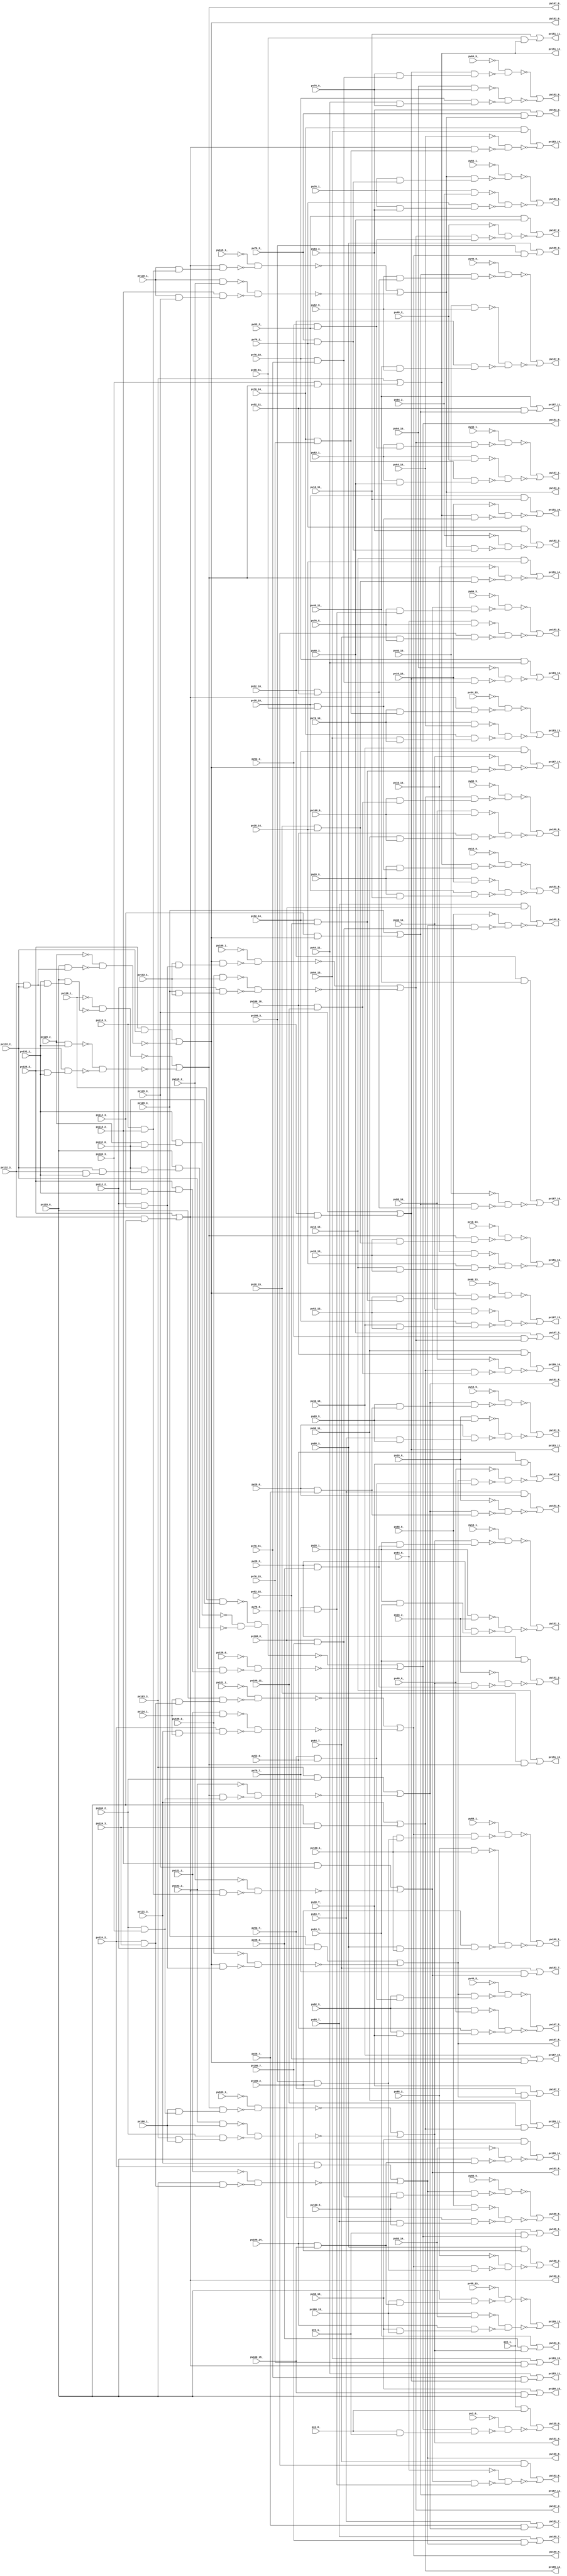
module top ( 
    pv16_9_, pv40_15_, pv88_6_, pv28_10_, pv88_7_, pv109_1_, pv118_3_,
    pv2_0_, pv40_13_, pv52_10_, pv109_2_, pv128_3_, pv2_1_, pv40_14_,
    pv52_11_, pv88_9_, pv109_3_, pv16_5_, pv40_11_, pv76_3_, pv88_2_,
    pv88_15_, pv100_14_, pv128_1_, pv16_13_, pv52_13_, pv76_2_, pv88_3_,
    pv100_13_, pv128_2_, pv16_7_, pv16_14_, pv52_14_, pv76_1_, pv88_13_,
    pv118_2_, pv16_6_, pv16_15_, pv40_10_, pv52_15_, pv88_5_, pv88_14_,
    pv100_15_, pv118_1_, pv128_0_, pv4_0_, pv52_9_, pv88_11_, pv100_3_,
    pv100_10_, pv121_2_, pv132_0_, pv4_1_, pv28_9_, pv64_1_, pv121_3_,
    pv16_10_, pv28_6_, pv100_5_, pv16_11_, pv28_7_, pv88_10_, pv100_6_,
    pv100_11_, pv121_1_, pv76_14_, pv28_5_, pv64_5_, pv76_15_, pv28_2_,
    pv64_2_, pv100_1_, pv28_3_, pv64_3_, pv100_2_, pv52_1_, pv76_10_,
    pv103_2_, pv124_1_, pv28_1_, pv64_9_, pv76_11_, pv103_3_, pv124_2_,
    pv52_3_, pv64_6_, pv64_15_, pv52_2_, pv64_7_, pv76_13_, pv52_5_,
    pv100_7_, pv112_2_, pv112_1_, pv132_3_, pv133_0_, pv52_7_, pv100_9_,
    pv132_2_, pv40_1_, pv52_6_, pv103_1_, pv112_3_, pv132_1_, pv16_1_,
    pv40_2_, pv76_7_, pv106_1_, pv40_3_, pv64_10_, pv76_6_, pv106_2_,
    pv16_3_, pv28_15_, pv76_5_, pv106_3_, pv16_2_, pv40_5_, pv88_1_,
    pv28_13_, pv40_6_, pv64_13_, pv115_1_, pv28_14_, pv40_7_, pv64_14_,
    pv28_11_, pv64_11_, pv76_9_, pv115_3_, pv124_3_, pv40_9_, pv115_2_,
    pv167_11_, pv199_9_, pv167_12_, pv199_8_, pv167_13_, pv167_14_,
    pv151_1_, pv199_5_, pv151_0_, pv183_10_, pv199_4_, pv151_3_, pv183_11_,
    pv199_7_, pv151_2_, pv167_10_, pv183_12_, pv199_6_, pv167_4_, pv199_1_,
    pv167_5_, pv199_0_, pv167_2_, pv199_3_, pv167_3_, pv199_2_, pv167_8_,
    pv199_14_, pv167_9_, pv199_15_, pv167_6_, pv199_12_, pv167_7_,
    pv199_13_, pv199_10_, pv199_11_, pv167_0_, pv183_6_, pv167_1_,
    pv183_7_, pv183_8_, pv183_9_, pv151_5_, pv151_14_, pv183_2_, pv183_13_,
    pv151_4_, pv151_15_, pv183_3_, pv183_14_, pv151_7_, pv151_12_,
    pv183_4_, pv183_15_, pv151_6_, pv151_13_, pv183_5_, pv151_9_,
    pv151_10_, pv167_15_, pv151_8_, pv151_11_, pv135_1_, pv183_0_,
    pv135_0_, pv183_1_  );
  input  pv16_9_, pv40_15_, pv88_6_, pv28_10_, pv88_7_, pv109_1_,
    pv118_3_, pv2_0_, pv40_13_, pv52_10_, pv109_2_, pv128_3_, pv2_1_,
    pv40_14_, pv52_11_, pv88_9_, pv109_3_, pv16_5_, pv40_11_, pv76_3_,
    pv88_2_, pv88_15_, pv100_14_, pv128_1_, pv16_13_, pv52_13_, pv76_2_,
    pv88_3_, pv100_13_, pv128_2_, pv16_7_, pv16_14_, pv52_14_, pv76_1_,
    pv88_13_, pv118_2_, pv16_6_, pv16_15_, pv40_10_, pv52_15_, pv88_5_,
    pv88_14_, pv100_15_, pv118_1_, pv128_0_, pv4_0_, pv52_9_, pv88_11_,
    pv100_3_, pv100_10_, pv121_2_, pv132_0_, pv4_1_, pv28_9_, pv64_1_,
    pv121_3_, pv16_10_, pv28_6_, pv100_5_, pv16_11_, pv28_7_, pv88_10_,
    pv100_6_, pv100_11_, pv121_1_, pv76_14_, pv28_5_, pv64_5_, pv76_15_,
    pv28_2_, pv64_2_, pv100_1_, pv28_3_, pv64_3_, pv100_2_, pv52_1_,
    pv76_10_, pv103_2_, pv124_1_, pv28_1_, pv64_9_, pv76_11_, pv103_3_,
    pv124_2_, pv52_3_, pv64_6_, pv64_15_, pv52_2_, pv64_7_, pv76_13_,
    pv52_5_, pv100_7_, pv112_2_, pv112_1_, pv132_3_, pv133_0_, pv52_7_,
    pv100_9_, pv132_2_, pv40_1_, pv52_6_, pv103_1_, pv112_3_, pv132_1_,
    pv16_1_, pv40_2_, pv76_7_, pv106_1_, pv40_3_, pv64_10_, pv76_6_,
    pv106_2_, pv16_3_, pv28_15_, pv76_5_, pv106_3_, pv16_2_, pv40_5_,
    pv88_1_, pv28_13_, pv40_6_, pv64_13_, pv115_1_, pv28_14_, pv40_7_,
    pv64_14_, pv28_11_, pv64_11_, pv76_9_, pv115_3_, pv124_3_, pv40_9_,
    pv115_2_;
  output pv167_11_, pv199_9_, pv167_12_, pv199_8_, pv167_13_, pv167_14_,
    pv151_1_, pv199_5_, pv151_0_, pv183_10_, pv199_4_, pv151_3_, pv183_11_,
    pv199_7_, pv151_2_, pv167_10_, pv183_12_, pv199_6_, pv167_4_, pv199_1_,
    pv167_5_, pv199_0_, pv167_2_, pv199_3_, pv167_3_, pv199_2_, pv167_8_,
    pv199_14_, pv167_9_, pv199_15_, pv167_6_, pv199_12_, pv167_7_,
    pv199_13_, pv199_10_, pv199_11_, pv167_0_, pv183_6_, pv167_1_,
    pv183_7_, pv183_8_, pv183_9_, pv151_5_, pv151_14_, pv183_2_, pv183_13_,
    pv151_4_, pv151_15_, pv183_3_, pv183_14_, pv151_7_, pv151_12_,
    pv183_4_, pv183_15_, pv151_6_, pv151_13_, pv183_5_, pv151_9_,
    pv151_10_, pv167_15_, pv151_8_, pv151_11_, pv135_1_, pv183_0_,
    pv135_0_, pv183_1_;
  wire new_n200_, new_n201_, new_n202_, new_n203_, new_n205_, new_n207_,
    new_n209_, new_n211_, new_n212_, new_n213_, new_n214_, new_n215_,
    new_n216_, new_n217_, new_n218_, new_n220_, new_n221_, new_n222_,
    new_n223_, new_n225_, new_n226_, new_n227_, new_n228_, new_n229_,
    new_n230_, new_n231_, new_n232_, new_n234_, new_n235_, new_n236_,
    new_n238_, new_n239_, new_n240_, new_n241_, new_n242_, new_n243_,
    new_n244_, new_n246_, new_n247_, new_n248_, new_n249_, new_n250_,
    new_n251_, new_n252_, new_n253_, new_n255_, new_n256_, new_n257_,
    new_n258_, new_n259_, new_n260_, new_n261_, new_n262_, new_n264_,
    new_n265_, new_n266_, new_n267_, new_n268_, new_n269_, new_n270_,
    new_n271_, new_n273_, new_n274_, new_n275_, new_n276_, new_n277_,
    new_n278_, new_n279_, new_n280_, new_n281_, new_n282_, new_n283_,
    new_n284_, new_n285_, new_n287_, new_n289_, new_n291_, new_n292_,
    new_n293_, new_n294_, new_n296_, new_n297_, new_n298_, new_n299_,
    new_n300_, new_n301_, new_n302_, new_n304_, new_n306_, new_n308_,
    new_n310_, new_n311_, new_n312_, new_n314_, new_n315_, new_n316_,
    new_n317_, new_n319_, new_n320_, new_n321_, new_n323_, new_n324_,
    new_n325_, new_n326_, new_n327_, new_n328_, new_n329_, new_n330_,
    new_n332_, new_n333_, new_n334_, new_n335_, new_n336_, new_n337_,
    new_n338_, new_n339_, new_n341_, new_n342_, new_n343_, new_n345_,
    new_n346_, new_n347_, new_n348_, new_n349_, new_n350_, new_n351_,
    new_n352_, new_n354_, new_n355_, new_n356_, new_n357_, new_n359_,
    new_n361_, new_n363_, new_n364_, new_n365_, new_n367_, new_n368_,
    new_n369_, new_n370_, new_n372_, new_n373_, new_n374_, new_n375_,
    new_n376_, new_n377_, new_n378_, new_n380_, new_n382_, new_n383_,
    new_n384_, new_n386_, new_n388_, new_n389_, new_n390_, new_n391_,
    new_n392_, new_n393_, new_n394_, new_n396_, new_n397_, new_n398_,
    new_n400_, new_n402_, new_n403_, new_n404_, new_n405_, new_n407_,
    new_n408_, new_n409_, new_n410_, new_n412_, new_n413_, new_n414_,
    new_n415_, new_n416_, new_n417_, new_n418_, new_n420_, new_n422_,
    new_n423_, new_n424_, new_n425_, new_n426_, new_n427_, new_n428_,
    new_n430_, new_n431_, new_n432_, new_n434_, new_n435_, new_n436_,
    new_n437_, new_n438_, new_n439_, new_n440_, new_n441_, new_n443_,
    new_n444_, new_n445_, new_n446_, new_n448_, new_n449_, new_n450_,
    new_n451_, new_n452_, new_n453_, new_n454_, new_n456_, new_n457_,
    new_n458_, new_n459_, new_n461_, new_n462_, new_n463_, new_n464_,
    new_n465_, new_n466_, new_n467_, new_n468_, new_n470_, new_n472_,
    new_n474_, new_n475_, new_n476_, new_n478_, new_n480_, new_n482_,
    new_n484_, new_n485_, new_n486_, new_n488_, new_n489_, new_n490_,
    new_n491_, new_n492_, new_n493_, new_n494_, new_n496_, new_n497_,
    new_n498_, new_n499_, new_n500_, new_n501_, new_n502_, new_n504_,
    new_n505_, new_n506_, new_n507_, new_n508_, new_n509_, new_n510_,
    new_n511_, new_n513_, new_n514_, new_n515_, new_n517_, new_n519_,
    new_n521_, new_n523_, new_n524_, new_n525_, new_n526_, new_n528_,
    new_n529_, new_n530_, new_n531_, new_n532_, new_n533_, new_n534_;
  assign new_n200_ = pv132_3_ & pv132_2_;
  assign new_n201_ = pv133_0_ & new_n200_;
  assign new_n202_ = pv128_3_ & pv132_2_;
  assign new_n203_ = ~pv128_2_ & ~new_n201_;
  assign pv183_0_ = new_n202_ | ~new_n203_;
  assign new_n205_ = pv112_3_ & pv183_0_;
  assign pv167_12_ = pv109_3_ | new_n205_;
  assign new_n207_ = pv52_11_ & pv167_12_;
  assign pv167_11_ = pv40_11_ | new_n207_;
  assign new_n209_ = pv133_0_ & pv124_3_;
  assign pv199_12_ = pv121_3_ | new_n209_;
  assign new_n211_ = pv100_10_ & pv100_11_;
  assign new_n212_ = pv100_9_ & new_n211_;
  assign new_n213_ = pv199_12_ & new_n212_;
  assign new_n214_ = pv88_10_ & pv100_9_;
  assign new_n215_ = pv88_11_ & pv100_9_;
  assign new_n216_ = pv100_10_ & new_n215_;
  assign new_n217_ = ~pv88_9_ & ~new_n213_;
  assign new_n218_ = ~new_n214_ & ~new_n216_;
  assign pv199_9_ = ~new_n217_ | ~new_n218_;
  assign new_n220_ = pv124_2_ & pv124_3_;
  assign new_n221_ = pv133_0_ & new_n220_;
  assign new_n222_ = pv121_3_ & pv124_2_;
  assign new_n223_ = ~pv121_2_ & ~new_n221_;
  assign pv199_8_ = new_n222_ | ~new_n223_;
  assign new_n225_ = pv52_14_ & pv52_15_;
  assign new_n226_ = pv52_13_ & new_n225_;
  assign new_n227_ = pv183_0_ & new_n226_;
  assign new_n228_ = pv40_14_ & pv52_13_;
  assign new_n229_ = pv40_15_ & pv52_13_;
  assign new_n230_ = pv52_14_ & new_n229_;
  assign new_n231_ = ~pv40_13_ & ~new_n227_;
  assign new_n232_ = ~new_n228_ & ~new_n230_;
  assign pv167_13_ = ~new_n231_ | ~new_n232_;
  assign new_n234_ = pv183_0_ & new_n225_;
  assign new_n235_ = pv40_15_ & pv52_14_;
  assign new_n236_ = ~pv40_14_ & ~new_n234_;
  assign pv167_14_ = new_n235_ | ~new_n236_;
  assign new_n238_ = pv132_1_ & new_n200_;
  assign new_n239_ = pv133_0_ & new_n238_;
  assign new_n240_ = pv128_2_ & pv132_1_;
  assign new_n241_ = pv128_3_ & pv132_1_;
  assign new_n242_ = pv132_2_ & new_n241_;
  assign new_n243_ = ~pv128_1_ & ~new_n239_;
  assign new_n244_ = ~new_n240_ & ~new_n242_;
  assign pv167_0_ = ~new_n243_ | ~new_n244_;
  assign new_n246_ = pv106_2_ & pv106_3_;
  assign new_n247_ = pv106_1_ & new_n246_;
  assign new_n248_ = pv167_0_ & new_n247_;
  assign new_n249_ = pv103_2_ & pv106_1_;
  assign new_n250_ = pv103_3_ & pv106_1_;
  assign new_n251_ = pv106_2_ & new_n250_;
  assign new_n252_ = ~pv103_1_ & ~new_n248_;
  assign new_n253_ = ~new_n249_ & ~new_n251_;
  assign pv151_4_ = ~new_n252_ | ~new_n253_;
  assign new_n255_ = pv28_2_ & pv28_3_;
  assign new_n256_ = pv28_1_ & new_n255_;
  assign new_n257_ = pv151_4_ & new_n256_;
  assign new_n258_ = pv28_1_ & pv16_2_;
  assign new_n259_ = pv28_1_ & pv16_3_;
  assign new_n260_ = pv28_2_ & new_n259_;
  assign new_n261_ = ~pv16_1_ & ~new_n257_;
  assign new_n262_ = ~new_n258_ & ~new_n260_;
  assign pv151_1_ = ~new_n261_ | ~new_n262_;
  assign new_n264_ = pv100_6_ & pv100_7_;
  assign new_n265_ = pv100_5_ & new_n264_;
  assign new_n266_ = pv199_8_ & new_n265_;
  assign new_n267_ = pv88_6_ & pv100_5_;
  assign new_n268_ = pv88_7_ & pv100_5_;
  assign new_n269_ = pv100_6_ & new_n268_;
  assign new_n270_ = ~pv88_5_ & ~new_n266_;
  assign new_n271_ = ~new_n267_ & ~new_n269_;
  assign pv199_5_ = ~new_n270_ | ~new_n271_;
  assign new_n273_ = pv128_2_ & pv132_0_;
  assign new_n274_ = pv132_1_ & new_n273_;
  assign new_n275_ = pv132_3_ & pv132_1_;
  assign new_n276_ = pv132_2_ & new_n275_;
  assign new_n277_ = pv132_0_ & new_n276_;
  assign new_n278_ = pv133_0_ & new_n277_;
  assign new_n279_ = pv128_1_ & pv132_0_;
  assign new_n280_ = pv132_0_ & pv132_1_;
  assign new_n281_ = pv128_3_ & new_n280_;
  assign new_n282_ = pv132_2_ & new_n281_;
  assign new_n283_ = ~new_n274_ & ~new_n278_;
  assign new_n284_ = ~new_n279_ & new_n283_;
  assign new_n285_ = ~pv128_0_ & ~new_n282_;
  assign pv151_0_ = ~new_n284_ | ~new_n285_;
  assign new_n287_ = pv132_3_ & pv133_0_;
  assign pv199_0_ = pv128_3_ | new_n287_;
  assign new_n289_ = pv118_3_ & pv199_0_;
  assign pv183_12_ = pv115_3_ | new_n289_;
  assign new_n291_ = pv76_10_ & pv76_11_;
  assign new_n292_ = pv183_12_ & new_n291_;
  assign new_n293_ = pv76_10_ & pv64_11_;
  assign new_n294_ = ~pv64_10_ & ~new_n292_;
  assign pv183_10_ = new_n293_ | ~new_n294_;
  assign new_n296_ = pv124_1_ & new_n220_;
  assign new_n297_ = pv133_0_ & new_n296_;
  assign new_n298_ = pv121_2_ & pv124_1_;
  assign new_n299_ = pv121_3_ & pv124_1_;
  assign new_n300_ = pv124_2_ & new_n299_;
  assign new_n301_ = ~pv121_1_ & ~new_n297_;
  assign new_n302_ = ~new_n298_ & ~new_n300_;
  assign pv199_4_ = ~new_n301_ | ~new_n302_;
  assign new_n304_ = pv28_3_ & pv151_4_;
  assign pv151_3_ = pv16_3_ | new_n304_;
  assign new_n306_ = pv76_11_ & pv183_12_;
  assign pv183_11_ = pv64_11_ | new_n306_;
  assign new_n308_ = pv100_7_ & pv199_8_;
  assign pv199_7_ = pv88_7_ | new_n308_;
  assign new_n310_ = pv151_4_ & new_n255_;
  assign new_n311_ = pv28_2_ & pv16_3_;
  assign new_n312_ = ~pv16_2_ & ~new_n310_;
  assign pv151_2_ = new_n311_ | ~new_n312_;
  assign new_n314_ = pv52_10_ & pv52_11_;
  assign new_n315_ = pv167_12_ & new_n314_;
  assign new_n316_ = pv52_10_ & pv40_11_;
  assign new_n317_ = ~pv40_10_ & ~new_n315_;
  assign pv167_10_ = new_n316_ | ~new_n317_;
  assign new_n319_ = pv199_8_ & new_n264_;
  assign new_n320_ = pv88_7_ & pv100_6_;
  assign new_n321_ = ~pv88_6_ & ~new_n319_;
  assign pv199_6_ = new_n320_ | ~new_n321_;
  assign new_n323_ = pv112_2_ & pv112_3_;
  assign new_n324_ = pv112_1_ & new_n323_;
  assign new_n325_ = pv183_0_ & new_n324_;
  assign new_n326_ = pv109_2_ & pv112_1_;
  assign new_n327_ = pv109_3_ & pv112_1_;
  assign new_n328_ = pv112_2_ & new_n327_;
  assign new_n329_ = ~pv109_1_ & ~new_n325_;
  assign new_n330_ = ~new_n326_ & ~new_n328_;
  assign pv167_4_ = ~new_n329_ | ~new_n330_;
  assign new_n332_ = pv100_3_ & pv100_2_;
  assign new_n333_ = pv100_1_ & new_n332_;
  assign new_n334_ = pv199_4_ & new_n333_;
  assign new_n335_ = pv88_2_ & pv100_1_;
  assign new_n336_ = pv88_3_ & pv100_1_;
  assign new_n337_ = pv100_2_ & new_n336_;
  assign new_n338_ = ~pv88_1_ & ~new_n334_;
  assign new_n339_ = ~new_n335_ & ~new_n337_;
  assign pv199_1_ = ~new_n338_ | ~new_n339_;
  assign new_n341_ = pv183_0_ & new_n323_;
  assign new_n342_ = pv109_3_ & pv112_2_;
  assign new_n343_ = ~pv109_2_ & ~new_n341_;
  assign pv167_8_ = new_n342_ | ~new_n343_;
  assign new_n345_ = pv52_7_ & pv52_6_;
  assign new_n346_ = pv52_5_ & new_n345_;
  assign new_n347_ = pv167_8_ & new_n346_;
  assign new_n348_ = pv52_5_ & pv40_6_;
  assign new_n349_ = pv52_5_ & pv40_7_;
  assign new_n350_ = pv52_6_ & new_n349_;
  assign new_n351_ = ~pv40_5_ & ~new_n347_;
  assign new_n352_ = ~new_n348_ & ~new_n350_;
  assign pv167_5_ = ~new_n351_ | ~new_n352_;
  assign new_n354_ = pv52_3_ & pv52_2_;
  assign new_n355_ = pv167_4_ & new_n354_;
  assign new_n356_ = pv52_2_ & pv40_3_;
  assign new_n357_ = ~pv40_2_ & ~new_n355_;
  assign pv167_2_ = new_n356_ | ~new_n357_;
  assign new_n359_ = pv100_3_ & pv199_4_;
  assign pv199_3_ = pv88_3_ | new_n359_;
  assign new_n361_ = pv52_3_ & pv167_4_;
  assign pv167_3_ = pv40_3_ | new_n361_;
  assign new_n363_ = pv199_4_ & new_n332_;
  assign new_n364_ = pv88_3_ & pv100_2_;
  assign new_n365_ = ~pv88_2_ & ~new_n363_;
  assign pv199_2_ = new_n364_ | ~new_n365_;
  assign new_n367_ = pv100_14_ & pv100_15_;
  assign new_n368_ = pv133_0_ & new_n367_;
  assign new_n369_ = pv88_15_ & pv100_14_;
  assign new_n370_ = ~pv88_14_ & ~new_n368_;
  assign pv199_14_ = new_n369_ | ~new_n370_;
  assign new_n372_ = pv52_9_ & new_n314_;
  assign new_n373_ = pv167_12_ & new_n372_;
  assign new_n374_ = pv40_10_ & pv52_9_;
  assign new_n375_ = pv40_11_ & pv52_9_;
  assign new_n376_ = pv52_10_ & new_n375_;
  assign new_n377_ = ~pv40_9_ & ~new_n373_;
  assign new_n378_ = ~new_n374_ & ~new_n376_;
  assign pv167_9_ = ~new_n377_ | ~new_n378_;
  assign new_n380_ = pv100_15_ & pv133_0_;
  assign pv199_15_ = pv88_15_ | new_n380_;
  assign new_n382_ = pv167_8_ & new_n345_;
  assign new_n383_ = pv52_6_ & pv40_7_;
  assign new_n384_ = ~pv40_6_ & ~new_n382_;
  assign pv167_6_ = new_n383_ | ~new_n384_;
  assign new_n386_ = pv52_7_ & pv167_8_;
  assign pv167_7_ = pv40_7_ | new_n386_;
  assign new_n388_ = pv100_13_ & new_n367_;
  assign new_n389_ = pv133_0_ & new_n388_;
  assign new_n390_ = pv100_13_ & pv88_14_;
  assign new_n391_ = pv88_15_ & pv100_13_;
  assign new_n392_ = pv100_14_ & new_n391_;
  assign new_n393_ = ~pv88_13_ & ~new_n389_;
  assign new_n394_ = ~new_n390_ & ~new_n392_;
  assign pv199_13_ = ~new_n393_ | ~new_n394_;
  assign new_n396_ = pv199_12_ & new_n211_;
  assign new_n397_ = pv88_11_ & pv100_10_;
  assign new_n398_ = ~pv88_10_ & ~new_n396_;
  assign pv199_10_ = new_n397_ | ~new_n398_;
  assign new_n400_ = pv100_11_ & pv199_12_;
  assign pv199_11_ = pv88_11_ | new_n400_;
  assign new_n402_ = pv118_3_ & pv118_2_;
  assign new_n403_ = pv199_0_ & new_n402_;
  assign new_n404_ = pv118_2_ & pv115_3_;
  assign new_n405_ = ~pv115_2_ & ~new_n403_;
  assign pv183_8_ = new_n404_ | ~new_n405_;
  assign new_n407_ = pv76_7_ & pv76_6_;
  assign new_n408_ = pv183_8_ & new_n407_;
  assign new_n409_ = pv64_7_ & pv76_6_;
  assign new_n410_ = ~pv64_6_ & ~new_n408_;
  assign pv183_6_ = new_n409_ | ~new_n410_;
  assign new_n412_ = pv52_1_ & new_n354_;
  assign new_n413_ = pv167_4_ & new_n412_;
  assign new_n414_ = pv52_1_ & pv40_2_;
  assign new_n415_ = pv52_1_ & pv40_3_;
  assign new_n416_ = pv52_2_ & new_n415_;
  assign new_n417_ = ~pv40_1_ & ~new_n413_;
  assign new_n418_ = ~new_n414_ & ~new_n416_;
  assign pv167_1_ = ~new_n417_ | ~new_n418_;
  assign new_n420_ = pv76_7_ & pv183_8_;
  assign pv183_7_ = pv64_7_ | new_n420_;
  assign new_n422_ = pv76_9_ & new_n291_;
  assign new_n423_ = pv183_12_ & new_n422_;
  assign new_n424_ = pv64_10_ & pv76_9_;
  assign new_n425_ = pv64_11_ & pv76_9_;
  assign new_n426_ = pv76_10_ & new_n425_;
  assign new_n427_ = ~pv64_9_ & ~new_n423_;
  assign new_n428_ = ~new_n424_ & ~new_n426_;
  assign pv183_9_ = ~new_n427_ | ~new_n428_;
  assign new_n430_ = pv167_0_ & new_n246_;
  assign new_n431_ = pv103_3_ & pv106_2_;
  assign new_n432_ = ~pv103_2_ & ~new_n430_;
  assign pv151_8_ = new_n431_ | ~new_n432_;
  assign new_n434_ = pv28_6_ & pv28_7_;
  assign new_n435_ = pv28_5_ & new_n434_;
  assign new_n436_ = pv151_8_ & new_n435_;
  assign new_n437_ = pv16_6_ & pv28_5_;
  assign new_n438_ = pv16_7_ & pv28_5_;
  assign new_n439_ = pv28_6_ & new_n438_;
  assign new_n440_ = ~pv16_5_ & ~new_n436_;
  assign new_n441_ = ~new_n437_ & ~new_n439_;
  assign pv151_5_ = ~new_n440_ | ~new_n441_;
  assign new_n443_ = pv28_15_ & pv28_14_;
  assign new_n444_ = pv167_0_ & new_n443_;
  assign new_n445_ = pv16_15_ & pv28_14_;
  assign new_n446_ = ~pv16_14_ & ~new_n444_;
  assign pv151_14_ = new_n445_ | ~new_n446_;
  assign new_n448_ = pv118_1_ & new_n402_;
  assign new_n449_ = pv199_0_ & new_n448_;
  assign new_n450_ = pv118_1_ & pv115_2_;
  assign new_n451_ = pv118_1_ & pv115_3_;
  assign new_n452_ = pv118_2_ & new_n451_;
  assign new_n453_ = ~pv115_1_ & ~new_n449_;
  assign new_n454_ = ~new_n450_ & ~new_n452_;
  assign pv183_4_ = ~new_n453_ | ~new_n454_;
  assign new_n456_ = pv76_3_ & pv76_2_;
  assign new_n457_ = pv183_4_ & new_n456_;
  assign new_n458_ = pv76_2_ & pv64_3_;
  assign new_n459_ = ~pv64_2_ & ~new_n457_;
  assign pv183_2_ = new_n458_ | ~new_n459_;
  assign new_n461_ = pv76_14_ & pv76_15_;
  assign new_n462_ = pv76_13_ & new_n461_;
  assign new_n463_ = pv199_0_ & new_n462_;
  assign new_n464_ = pv76_13_ & pv64_14_;
  assign new_n465_ = pv64_15_ & pv76_13_;
  assign new_n466_ = pv76_14_ & new_n465_;
  assign new_n467_ = ~pv64_13_ & ~new_n463_;
  assign new_n468_ = ~new_n464_ & ~new_n466_;
  assign pv183_13_ = ~new_n467_ | ~new_n468_;
  assign new_n470_ = pv28_15_ & pv167_0_;
  assign pv151_15_ = pv16_15_ | new_n470_;
  assign new_n472_ = pv76_3_ & pv183_4_;
  assign pv183_3_ = pv64_3_ | new_n472_;
  assign new_n474_ = pv199_0_ & new_n461_;
  assign new_n475_ = pv76_14_ & pv64_15_;
  assign new_n476_ = ~pv64_14_ & ~new_n474_;
  assign pv183_14_ = new_n475_ | ~new_n476_;
  assign new_n478_ = pv28_7_ & pv151_8_;
  assign pv151_7_ = pv16_7_ | new_n478_;
  assign new_n480_ = pv106_3_ & pv167_0_;
  assign pv151_12_ = pv103_3_ | new_n480_;
  assign new_n482_ = pv76_15_ & pv199_0_;
  assign pv183_15_ = pv64_15_ | new_n482_;
  assign new_n484_ = pv151_8_ & new_n434_;
  assign new_n485_ = pv16_7_ & pv28_6_;
  assign new_n486_ = ~pv16_6_ & ~new_n484_;
  assign pv151_6_ = new_n485_ | ~new_n486_;
  assign new_n488_ = pv28_13_ & new_n443_;
  assign new_n489_ = pv167_0_ & new_n488_;
  assign new_n490_ = pv16_14_ & pv28_13_;
  assign new_n491_ = pv16_15_ & pv28_13_;
  assign new_n492_ = pv28_14_ & new_n491_;
  assign new_n493_ = ~pv16_13_ & ~new_n489_;
  assign new_n494_ = ~new_n490_ & ~new_n492_;
  assign pv151_13_ = ~new_n493_ | ~new_n494_;
  assign new_n496_ = pv76_5_ & new_n407_;
  assign new_n497_ = pv183_8_ & new_n496_;
  assign new_n498_ = pv64_6_ & pv76_5_;
  assign new_n499_ = pv64_7_ & pv76_5_;
  assign new_n500_ = pv76_6_ & new_n499_;
  assign new_n501_ = ~pv64_5_ & ~new_n497_;
  assign new_n502_ = ~new_n498_ & ~new_n500_;
  assign pv183_5_ = ~new_n501_ | ~new_n502_;
  assign new_n504_ = pv28_10_ & pv28_11_;
  assign new_n505_ = pv28_9_ & new_n504_;
  assign new_n506_ = pv151_12_ & new_n505_;
  assign new_n507_ = pv28_9_ & pv16_10_;
  assign new_n508_ = pv28_9_ & pv16_11_;
  assign new_n509_ = pv28_10_ & new_n508_;
  assign new_n510_ = ~pv16_9_ & ~new_n506_;
  assign new_n511_ = ~new_n507_ & ~new_n509_;
  assign pv151_9_ = ~new_n510_ | ~new_n511_;
  assign new_n513_ = pv151_12_ & new_n504_;
  assign new_n514_ = pv28_10_ & pv16_11_;
  assign new_n515_ = ~pv16_10_ & ~new_n513_;
  assign pv151_10_ = new_n514_ | ~new_n515_;
  assign new_n517_ = pv52_15_ & pv183_0_;
  assign pv167_15_ = pv40_15_ | new_n517_;
  assign new_n519_ = pv28_11_ & pv151_12_;
  assign pv151_11_ = pv16_11_ | new_n519_;
  assign new_n521_ = pv4_1_ & pv151_0_;
  assign pv135_1_ = pv2_1_ | new_n521_;
  assign new_n523_ = pv4_0_ & pv4_1_;
  assign new_n524_ = pv151_0_ & new_n523_;
  assign new_n525_ = pv2_1_ & pv4_0_;
  assign new_n526_ = ~pv2_0_ & ~new_n524_;
  assign pv135_0_ = new_n525_ | ~new_n526_;
  assign new_n528_ = pv76_1_ & new_n456_;
  assign new_n529_ = pv183_4_ & new_n528_;
  assign new_n530_ = pv76_1_ & pv64_2_;
  assign new_n531_ = pv76_1_ & pv64_3_;
  assign new_n532_ = pv76_2_ & new_n531_;
  assign new_n533_ = ~pv64_1_ & ~new_n529_;
  assign new_n534_ = ~new_n530_ & ~new_n532_;
  assign pv183_1_ = ~new_n533_ | ~new_n534_;
endmodule